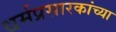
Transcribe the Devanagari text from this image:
धर्मप्रसारकांच्या